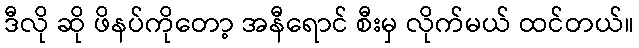
ဒီလို ဆို ဖိနပ်ကိုတော့ အနီရောင် စီးမှ လိုက်မယ် ထင်တယ်။